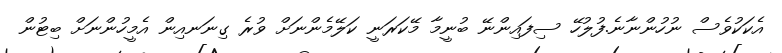
އެކަކުވެސް ނުހުންނާނެ.ފުލުހޭ ސިފައިންނޭ ބުނީމާ މޭކަރަނީ ކަލޭމެންނަށް ވުރެ ގިނަނއިން އެމީހުންނަށް ބިޓުން